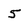
Character: 5